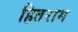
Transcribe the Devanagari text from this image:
हितराम